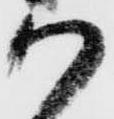
か